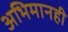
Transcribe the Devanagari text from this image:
अभिमानही